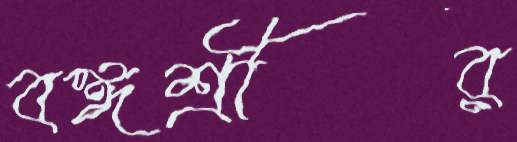
বঙ্গশ্রীর